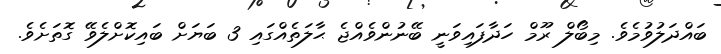
ބައްދަލުވުމެވެ. މިބޯލް ރޫމް ހަދާފައިވަނީ ބޭނުންވެއްޖެ ޙާލަތެއްގައި 3 ބަޔަށް ބައިކޮށްލެވޭ ގޮތަށެވެ.